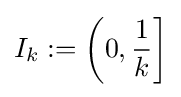
I_{k}:=\left(0,{\frac {1}{k}}\right]